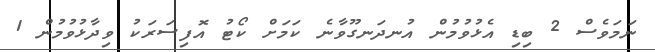
ނަމަވެސް 2 ބިޑި އެޅުވުމުން އުނދަނގޫވާނެ ކަމަށް ކޯޓު އޮފިސަރަކު ވިދާޅުވުމުން 1